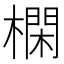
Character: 㯗